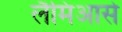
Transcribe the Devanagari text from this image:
लैमिआसे